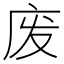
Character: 废